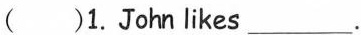
（ ）1.John likes___.